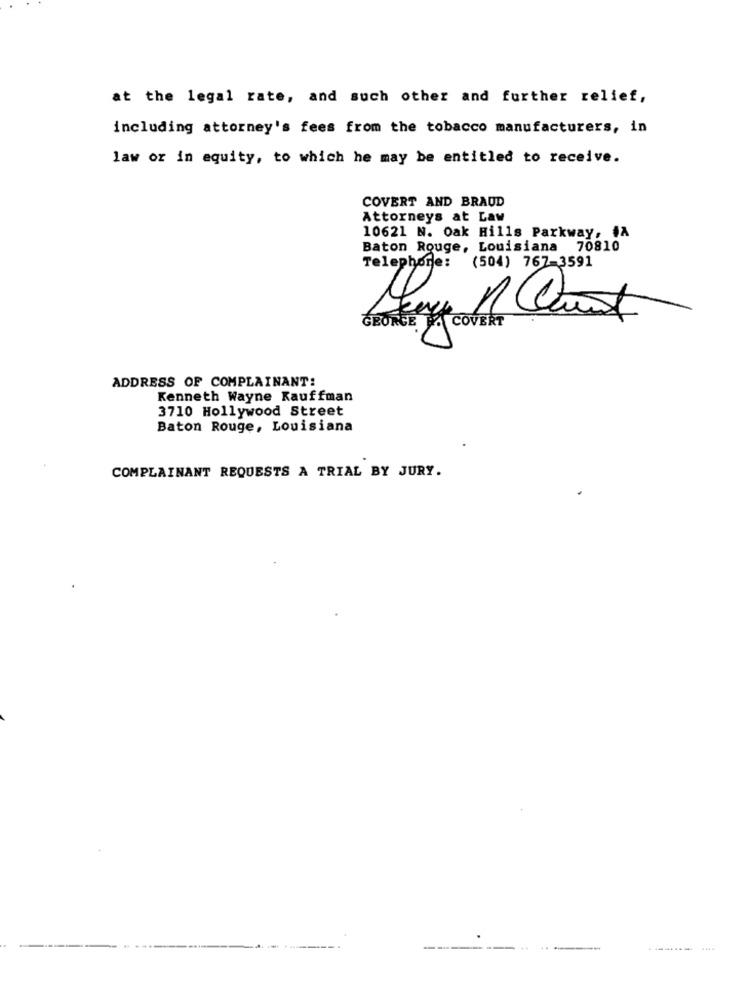
at the legal rate, and such other and further relief,
including attorney's fees from the tobacco manufacturers, in
law or in equity, to which he may be entitled to receive.
COVERT AND BRAUD
Attorneys at Law
10621 N. Oak Hills Parkway, #A
Baton Rouge, Louisiana 70810
Telephone:
(504) 767-3591
GEORGE PA
ADDRESS OF COMPLAINANT:
Kenneth Wayne Kauffman
3710 Hollywood Street
Baton Rouge, Louisiana
COMPLAINANT REQUESTS A TRIAL BY JURY.
4444